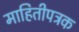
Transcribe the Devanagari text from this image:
माहितीपत्रक